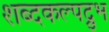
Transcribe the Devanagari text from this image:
शब्दकल्पद्रुभ